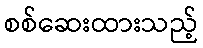
စစ်ဆေးထားသည့်